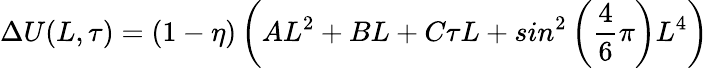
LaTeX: \Delta U(L,\tau)=\left(1-\eta\right)\left(AL^{2}+BL+C\tau L+sin^{2}\left(\frac{4}{6}\pi\right)L^{4}\right)